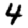
Digit: 4